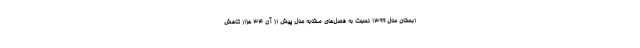
ابستان سال ۱۳۹۹ نسبت به فصل‌های مشابه سال پیش از آن ۳۴ هزار کاهش